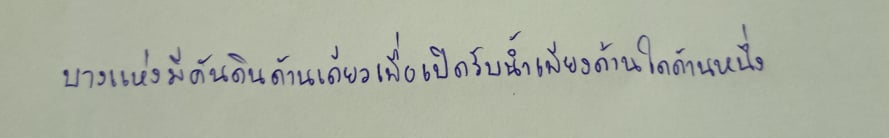
บางแห่งมีคันดินด้านเดียวเพื่อเปิดรับน้ำเพียงด้านใดด้านหนึ่ง